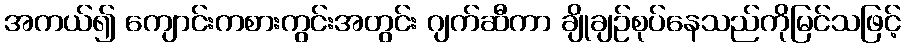
အကယ်၍ ကျောင်းကစားကွင်းအတွင်း ဂျက်ဆီကာ ချိုချဉ်စုပ်နေသည်ကိုမြင်သဖြင့်